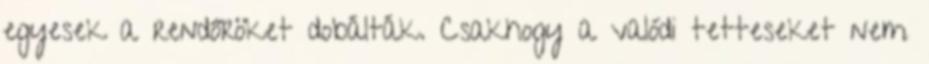
egyesek a rendőröket dobálták. Csakhogy a valódi tetteseket nem